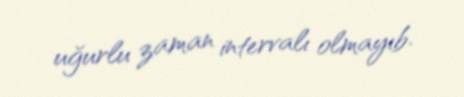
uğurlu zaman intervalı olmayıb.